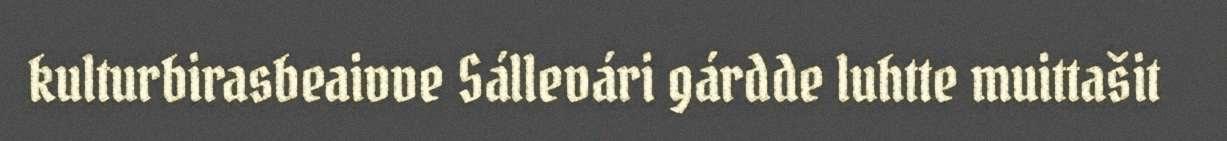
kulturbirasbeaivve Sállevári gárdde luhtte muittašit